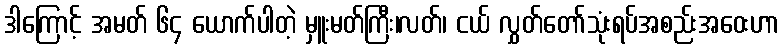
ဒါကြောင့် အမတ် ၆၄ ယောက်ပါတဲ့ မှူးမတ်ကြီး၊လတ်၊ ငယ် လွှတ်တော်သုံးရပ်အစည်းအဝေးဟာ